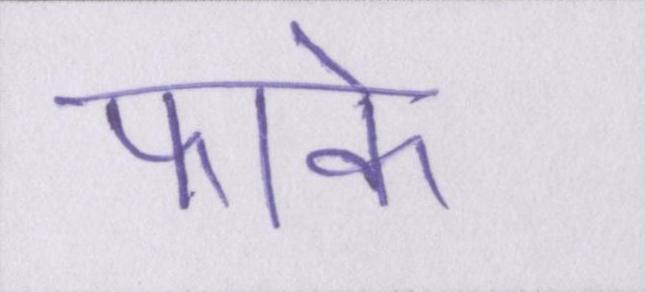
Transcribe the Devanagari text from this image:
फाके